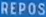
REPOS